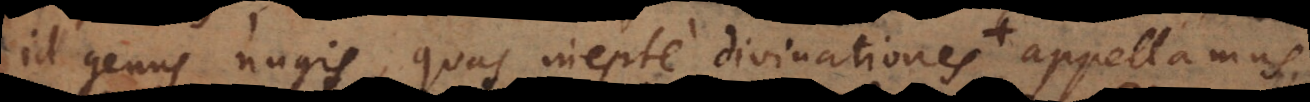
id genus nugis, quas inepte divinationes (quasi